Malaria in the Punjab - Number 46
Disease focus: Malaria
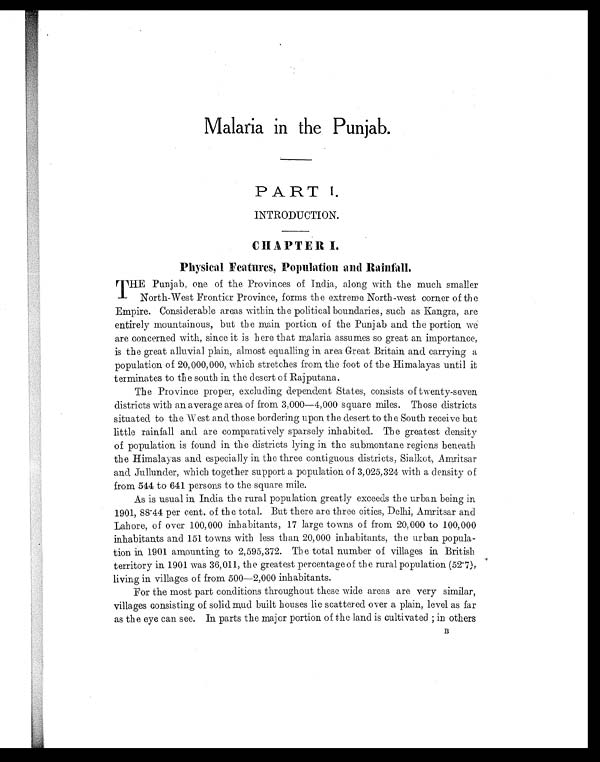
Malaria in the. Punjab.
PART I.
INTRODUCTION.
CHAPTER I.
Physical Features, Population and Rainfall.
THE Punjab, one of the Provinces of India, along with the much smaller
North-West Frontier Province, forms the extreme North-west corner of the
Empire. Considerable areas within the political boundaries, such as Kangra, are
entirely mountainous, but the main portion of the Punjab and the portion we
are concerned with, since it is here that malaria assumes so great an importance,
is the great alluvial plain, almost equalling in area Great Britain and carrying a
population of 20,000,000, which stretches from the foot of the Himalayas until it
terminates to the south in the desert of Rajputana.
The Province proper, excluding dependent States, consists of twenty-seven.
districts with an average area of from 3,000—4,000 square miles. Those districts
situated to the West and those bordering upon the desert to the South receive but
little rainfall and are comparatively sparsely inhabited. The greatest density
of population is found in the districts lying in the submontane regions beneath
the Himalayas and especially in the three contiguous districts, Sialkot, Amritsar
and Jullunder, which together support a population of 3,025,324 with a density of
from 544 to 641 persons to the square mile.
As is usual in India the rural population greatly exceeds the urban being in
1901, 88.44 per cent. of the total. But there are three cities, Delhi, Amritsar and
Lahore, of over 100,000 inhabitants, 17 large towns of from 20,000 to 100,000
inhabitants and 151 towns with less than 20,000 inhabitants, the urban popula-
tion in 1901 amounting to 2,595,372. The total number of villages in British
territory in 1901 was 36,011, the greatest percentage of the rural population (52.7),
living in villages of from 500—2,000 inhabitants.
For the most part conditions throughout these wide areas are very similar,
villages consisting of solid mud built houses lie scattered over a plain, level as far
as the eye can see. In parts the major portion of the land is cultivated ; in others B